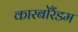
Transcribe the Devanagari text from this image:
कारबोरैंडम